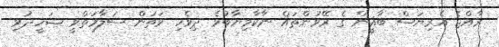
ރާއްޖެ އެރިޔަސް ބާޣީން ގެ ރޭވުންތައް ނާކާމިޔާބުވެ ދިވެހި ވަތަން ސަލާމަތްވީ ޝަހީދުވި